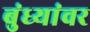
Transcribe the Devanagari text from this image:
बुंध्यांवर